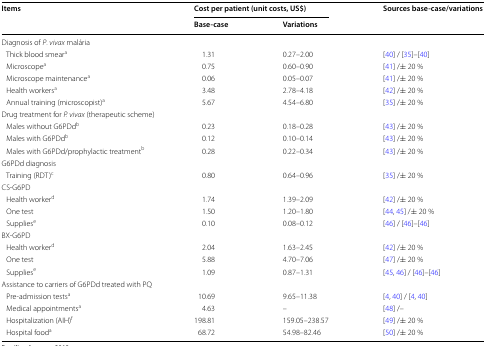
<table><thead><tr><td rowspan="2"><b>Items</b></td><td colspan="2"><b>Cost per patient (unit costs, US$)</b></td><td rowspan="2"><b>Sources base-case/variations</b></td></tr><tr><td><b>Base-case</b></td><td><b>Variations</b></td></tr></thead><tbody><tr><td colspan="4">Diagnosis of <i>P</i>. <i>vivax</i> malária</td></tr><tr><td> Thick blood smear<sup>a</sup></td><td>1.31</td><td>0.27–2.00</td><td>[40] / [35]–[40]</td></tr><tr><td> Microscope<sup>a</sup></td><td>0.75</td><td>0.60–0.90</td><td>[41] /± 20 %</td></tr><tr><td> Microscope maintenance<sup>a</sup></td><td>0.06</td><td>0.05–0.07</td><td>[41] /± 20 %</td></tr><tr><td> Health workers<sup>a</sup></td><td>3.48</td><td>2.78–4.18</td><td>[42] /± 20 %</td></tr><tr><td> Annual training (microscopist)<sup>a</sup></td><td>5.67</td><td>4.54–6.80</td><td>[35] /± 20 %</td></tr><tr><td colspan="4">Drug treatment for <i>P. vivax</i> (therapeutic scheme)</td></tr><tr><td> Males without G6PDd<sup>b</sup></td><td>0.23</td><td>0.18–0.28</td><td>[43] /± 20 %</td></tr><tr><td> Males with G6PDd<sup>b</sup></td><td>0.12</td><td>0.10–0.14</td><td>[43] /± 20 %</td></tr><tr><td> Males with G6PDd/prophylactic treatment<sup>b</sup></td><td>0.28</td><td>0.22–0.34</td><td>[43] /± 20 %</td></tr><tr><td colspan="4">G6PDd diagnosis</td></tr><tr><td> Training (RDT)<sup>c</sup></td><td>0.80</td><td>0.64–0.96</td><td>[35] /± 20 %</td></tr><tr><td colspan="4">CS-G6PD</td></tr><tr><td> Health worker<sup>d</sup></td><td>1.74</td><td>1.39–2.09</td><td>[42] /± 20 %</td></tr><tr><td> One test</td><td>1.50</td><td>1.20–1.80</td><td>[44, 45] /± 20 %</td></tr><tr><td> Supplies<sup>e</sup></td><td>0.10</td><td>0.08–0.12</td><td>[46] / [46]–[46]</td></tr><tr><td colspan="4">BX-G6PD</td></tr><tr><td> Health worker<sup>d</sup></td><td>2.04</td><td>1.63–2.45</td><td>[42] /± 20 %</td></tr><tr><td> One test</td><td>5.88</td><td>4.70–7.06</td><td>[47] /± 20 %</td></tr><tr><td> Supplies<sup>e</sup></td><td>1.09</td><td>0.87–1.31</td><td>[45, 46] / [46]–[46]</td></tr><tr><td colspan="4">Assistance to carriers of G6PDd treated with PQ</td></tr><tr><td> Pre-admission tests<sup>a</sup></td><td>10.69</td><td>9.65–11.38</td><td>[4, 40] / [4, 40]</td></tr><tr><td> Medical appointments<sup>a</sup></td><td>4.63</td><td>–</td><td>[48] /–</td></tr><tr><td> Hospitalization (AIH)<sup>f</sup></td><td>198.81</td><td>159.05–238.57</td><td>[49] /± 20 %</td></tr><tr><td> Hospital food<sup>a</sup></td><td>68.72</td><td>54.98–82.46</td><td>[50] /± 20 %</td></tr></tbody></table>